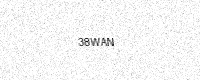
Text: 38WAN